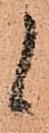
候